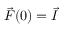
\vec { F } ( 0 ) = \vec { I }